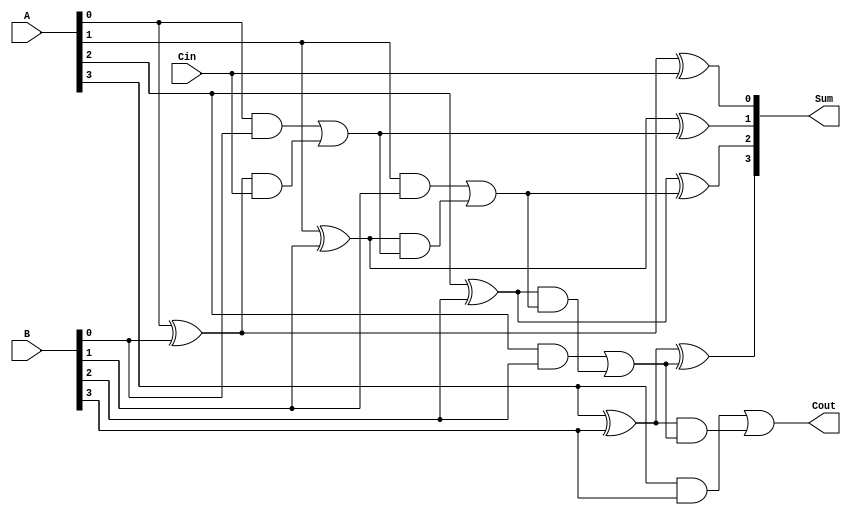
module CILA #(parameter n = 4) (
    input  [n-1:0] A,    // First operand
    input  [n-1:0] B,    // Second operand
    input         Cin,    // Carry-in
    output [n-1:0] Sum,   // Sum output
    output        Cout     // Carry-out
);

    // Internal signals
    wire [n-1:0] P;  // Propagate signals
    wire [n-1:0] G;  // Generate signals
    wire [n:0] C;    // Carry signals

    // Generate and propagate calculations
    genvar i;
    generate
        for (i = 0; i < n; i = i + 1) begin : gen_prop
            assign P[i] = A[i] ^ B[i]; // Propagate
            assign G[i] = A[i] & B[i]; // Generate
        end
    endgenerate

    // Carry calculations using lookahead logic
    assign C[0] = Cin; // Initial carry-in
    generate
        for (i = 0; i < n; i = i + 1) begin : carry_logic
            assign C[i + 1] = G[i] | (P[i] & C[i]);
        end
    endgenerate

    // Sum calculation
    generate
        for (i = 0; i < n; i = i + 1) begin : sum_logic
            assign Sum[i] = P[i] ^ C[i]; // Sum for each bit
        end
    endgenerate

    // Final carry out
    assign Cout = C[n]; // Carry-out

endmodule